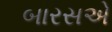
બારસએ